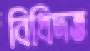
বিধিদত্ত